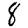
Digit: 8